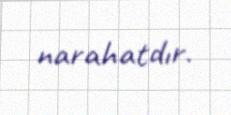
narahatdır.